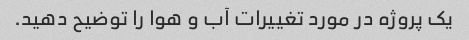
یک پروژه در مورد تغییرات آب و هوا را توضیح دهید.